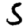
Digit: 5